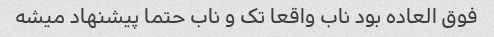
فوق العاده بود ناب واقعا تک و ناب حتما پیشنهاد میشه